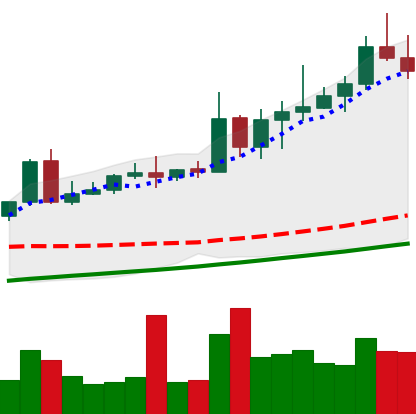
Ticker: NEO-USD
Chart end date: 2020-08-19
Forward return: 14.278%
Label: up_7plus